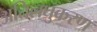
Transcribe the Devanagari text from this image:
अतिलघुकरण